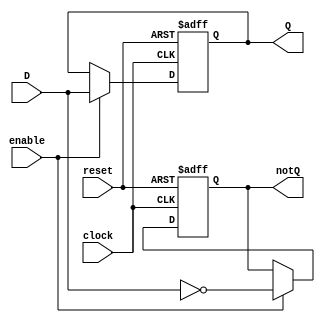
`timescale 1ns / 1ps
//////////////////////////////////////////////////////////////////////////////////
// Company: 
// Engineer: 
// 
// Design Name: 
// Module Name:    ejercicio_3 
// Project Name: 
// Target Devices: 
// Tool versions: 
// Description: 
//
// Dependencies: 
//
// Revision: 
// Revision 0.01 - File Created
// Additional Comments: 

//3.	Desarrolle un modelo en Verilog de un registro similar al del punto 1 pero agregando clock-enable y reset sncrono.
// El registro debe poder almacenar enteros en complemento a 2.
//
//////////////////////////////////////////////////////////////////////////////////
module ejercicio_3#(parameter N=32)(
	input wire [N-1:0]D,
	output reg [N-1:0]Q,
	output reg [N-1:0]notQ,
	input wire enable,
	input wire reset,
	input wire clock
    );
	 
	 always@(posedge clock or posedge reset)
	 begin
		if(reset)
		begin
			Q <= 0;
			notQ <= 1;
		end
		else if(enable)
		begin
			Q <= D;
			notQ <= ~D;
		end
	 end
	 
	 
endmodule